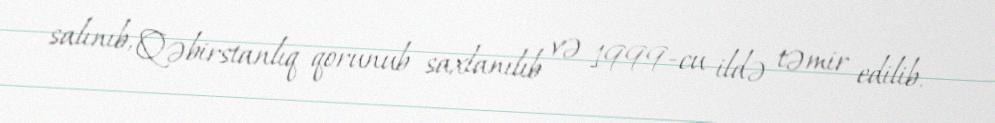
salınıb, Qəbirstanlıq qorunub saxlanılıb və 1999-cu ildə təmir edilib.